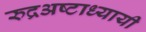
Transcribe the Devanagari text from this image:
रुद्रअष्‍टाध्‍यायी